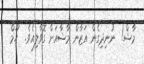
މާޝް!  ނުނިދިގެން އަޒާން މާޝާއަށް ގޮވާލިއެވެ.  ހޫމް